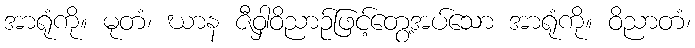
အာရုံကို။ မုတံ၊ ဃာန ဇီဝှါဝိညာဉ်ဖြင့်တွေ့အပ်သော အာရုံကို။ ဝိညာတံ၊